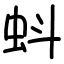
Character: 蚪